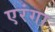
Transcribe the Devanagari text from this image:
एरंगा